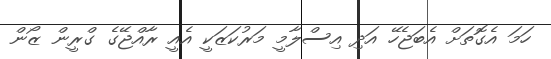
ހަމަ އެގޮތަށް އެބަޖެހޭ އަދި އިސްލާމީ މަރުކަޒަކީ އެއީ ރާއްޖޭގެ ގްރީން ޒޯން